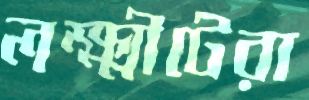
লক্ষ্মীটেরা